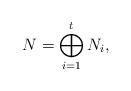
LaTeX: \begin{align*} N=\bigoplus_{i=1}^t N_i,\end{align*}